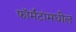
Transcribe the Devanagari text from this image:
फॉर्मॅटांमधील